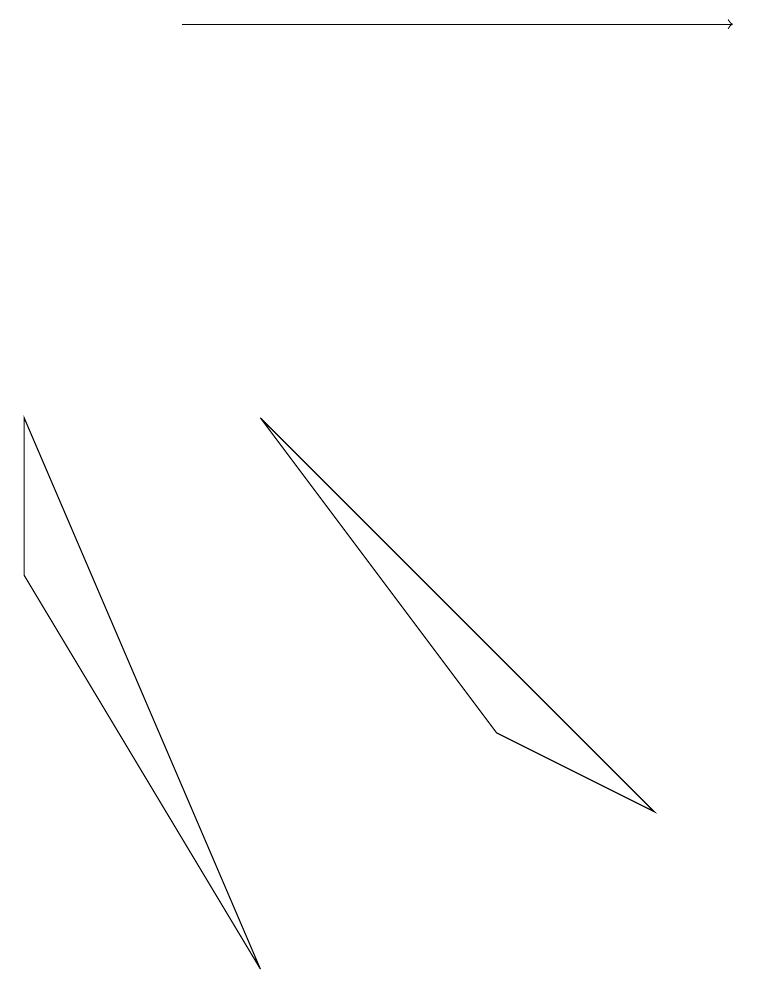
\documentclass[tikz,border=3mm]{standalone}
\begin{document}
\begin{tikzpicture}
\draw (0,7) -- (0,5) -- (3,0) -- cycle;
\draw (3,7) -- (6,3) -- (8,2) -- cycle;
\draw[->] (2,12) -- (9,12);
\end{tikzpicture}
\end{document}